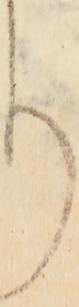
り